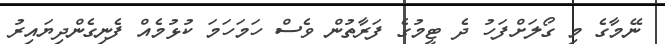
ނޭމާގެ މި ގޯލަށްފަހު ދެ ޓީމުގެ ފަރާތުން ވެސް ހަމަހަމަ ކުޅުމެއް ފެނިގެންދިޔައިރު